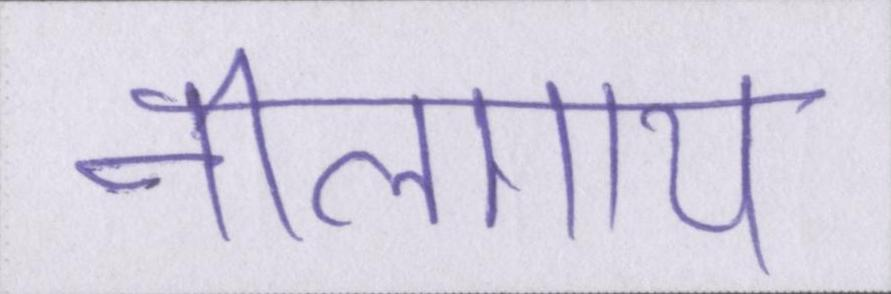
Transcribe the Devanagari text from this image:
नीलगाय